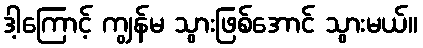
ဒါ့ကြောင့် ကျွန်မ သွားဖြစ်အောင် သွားမယ်။